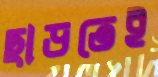
ছাড়তেই